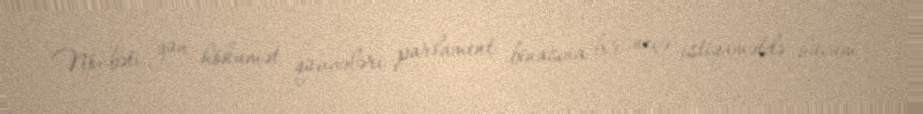
Növbəti gün hökumət qüvvələri parlament binasına bir neçə istiqamətdə hücum